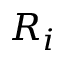
R _ { i }